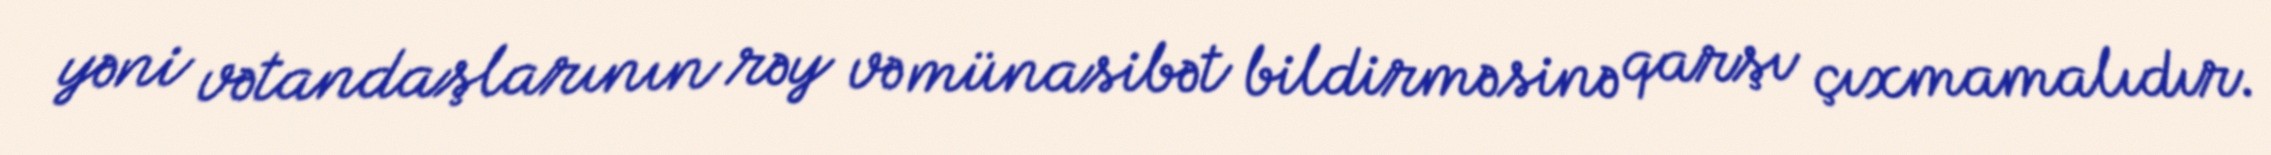
yəni vətandaşlarının rəy və münasibət bildirməsinə qarşı çıxmamalıdır.